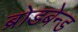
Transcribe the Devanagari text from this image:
ब्रोडबेन्ड